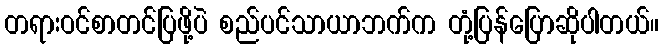
တရားဝင်စာတင်ပြဖို့ပဲ စည်ပင်သာယာဘက်က တုံ့ပြန်ပြောဆိုပါတယ်။